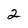
Character: 2